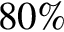
8 0 \%